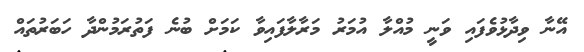
އޭނާ ވިދާޅުވެފައި ވަނީ މުއްލާ އުމަރު މަރާލާފައިވާ ކަމަށް ބުނެ ފަތުރަމުންދާ ހަބަރުތައް